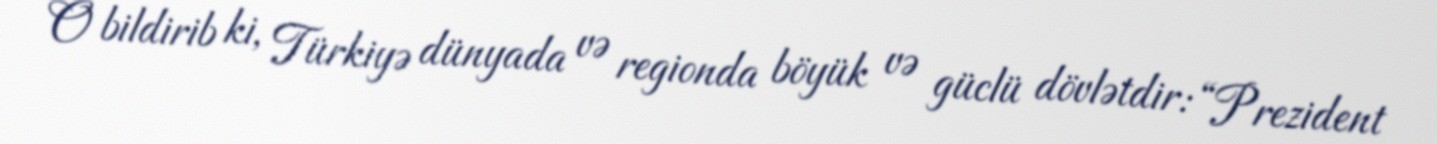
O bildirib ki, Türkiyə dünyada və regionda böyük və güclü dövlətdir: “Prezident